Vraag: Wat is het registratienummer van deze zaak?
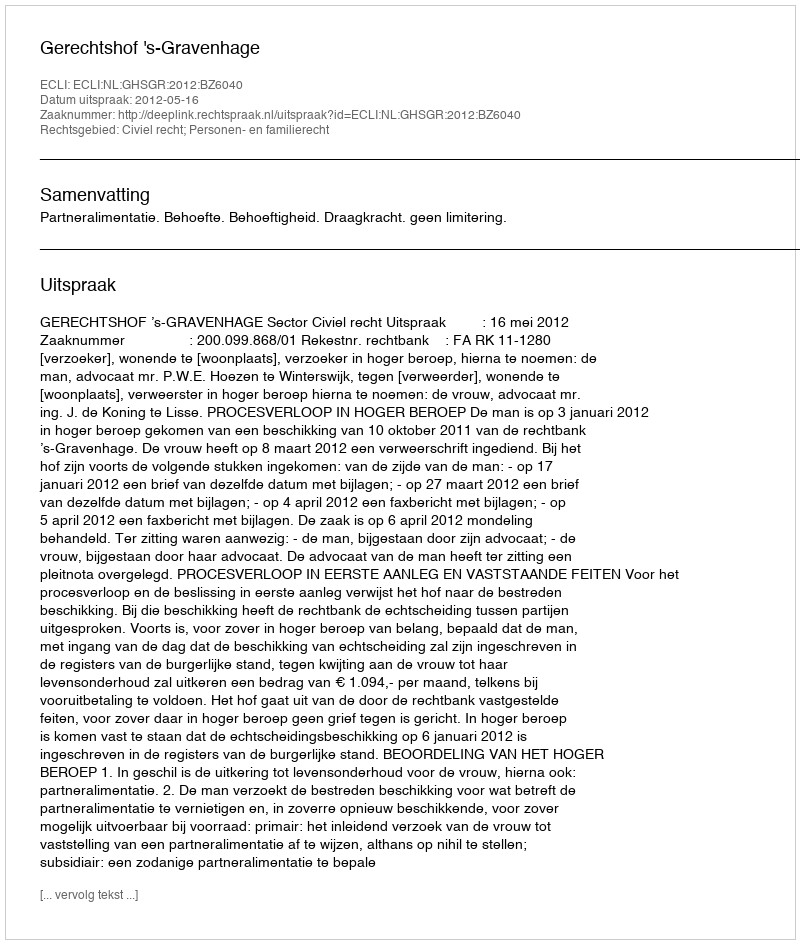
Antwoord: http://deeplink.rechtspraak.nl/uitspraak?id=ECLI:NL:GHSGR:2012:BZ6040